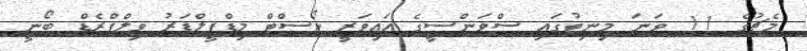
މެޗުގެ 11 ވަނަ މިނިޓުގައި ސްވަންސީގެ އައިވަރީ ކޯސްޓް މިޑްފީލްޑަރު ވިލްފްރެޑް ބޯނީ